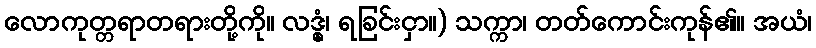
လောကုတ္တရာတရားတို့ကို။ လဒ္ဓုံ၊ ရခြင်းငှာ။) သက္ကာ၊ တတ်ကောင်းကုန်၏။ အယံ၊